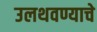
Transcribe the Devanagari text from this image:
उलथवण्याचे